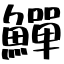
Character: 鱓